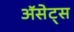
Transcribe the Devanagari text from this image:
ॲसेट्स